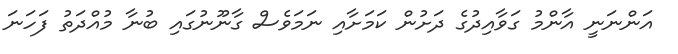
އަންނަނީ އާންމު ގަވާއިދުގެ ދަށުން ކަމަށާއި ނަމަވެސް ގާނޫނުގައި ބުނާ މުއްދަތު ފަހަނަ